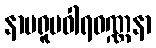
နာမရူပဝါရဝဏ္ဏနာ